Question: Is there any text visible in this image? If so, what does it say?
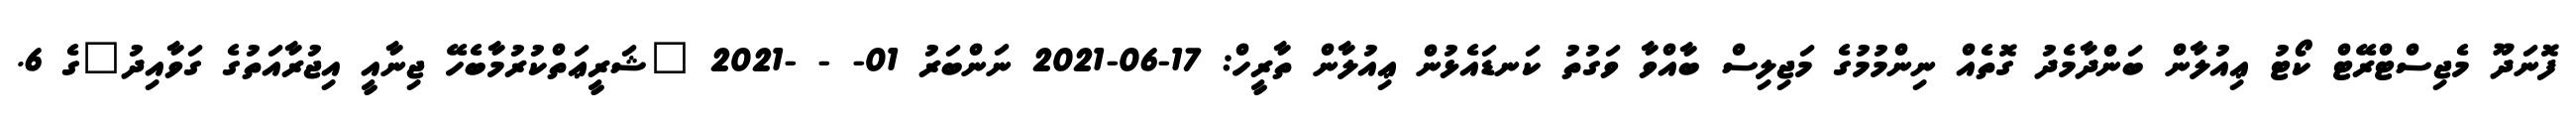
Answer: ފޮނަދޫ މެޖިސްޓްރޭޓް ކޯޓު ޢިއުލާން ބަންދާމެދު ގޮތެއް ނިންމުމުގެ މަޖިލިސް ބާއްވާ ވަގުތު ކަނޑައެޅުން ޢިއުލާން ތާރީހް: 17-06-2021 ނަންބަރު 01- - -2021 "ޝަރީޢަތްކުރުމާބެހޭ ޖިނާއީ އިޖުރާއަތުގެ ގަވާއިދު"ގެ 6.